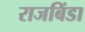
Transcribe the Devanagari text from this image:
राजबिंडा